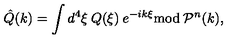
\hat { Q } ( k ) = \int d ^ { 4 } \xi \: Q ( \xi ) \: e ^ { - i k \xi } { \mathrm { m o d } } \: { \mathcal { P } } ^ { n } ( k ) ,